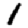
Digit: 1